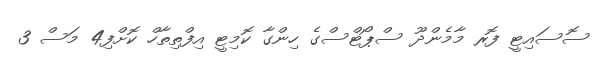
ސޮސައިޓީ ފޮރ މާމެންދޫ ސްޕޯޓްސްގެ ހިންގާ ކޮމިޓީ އިފްތިތާހް ކޮށްފި4 މަސް 3